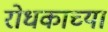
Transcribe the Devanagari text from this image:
रोधकाच्या